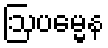
ဩပမ္မေန